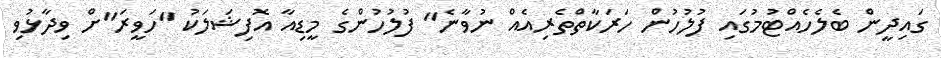
ގައިދީން ބެލެހެއްޓުމުގައި ފުލުހުން ހަރަކާތްތެރިއެއް ނުވާނެ" ފުލުހުންގެ މީޑިއާ އޮފިޝަލަކު "ހަވީރަ"ށް ވިދާޅުވި